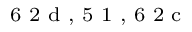
^ \textrm { \scriptsize 6 2 d , 5 1 , 6 2 c }